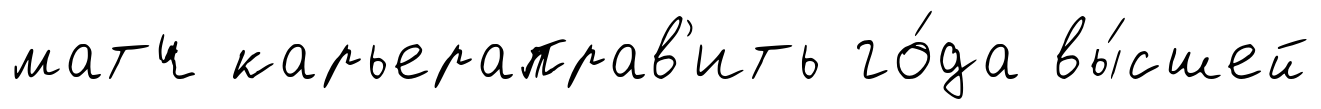
матч карьераправ'ить го́да вы́сшей